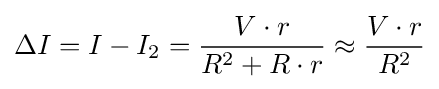
\Delta I=I-I_{2}={\frac {V\cdot r}{R^{2}+R\cdot r}}\approx {\frac {V\cdot r}{R^{2}}}